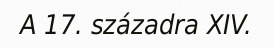
A 17. századra XIV.